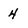
Character: 4